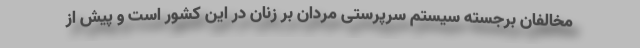
مخالفان برجسته سیستم سرپرستی مردان بر زنان در این کشور است و پیش از